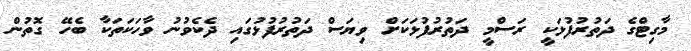
މާގިޓްގެ ދަތުރުފުޅަކީ ރަސްމީ ދަތުރުފުޅަކަށް ވިޔަސް ދަތުރުފުޅުގައި ދެކެވުނު ވާހަކަތަކާ ބެހޭ ގޮތުން